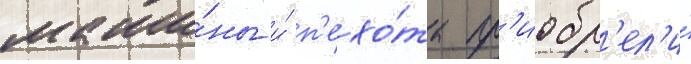
маши́ны и́ п'ехо́та пр'иобр'ел'и́